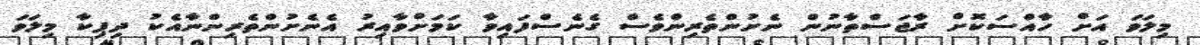
މިލަވަ އަށް ހާއްސަކޮށް ރާޖަސްތާނުން ނެށުންތެރިންވެސް ގެނެސްފައިވާ ކަމަށްވާއިރު އެނެށުންތެރިންނާއެކު ދިޕިކާ މިލަވަ